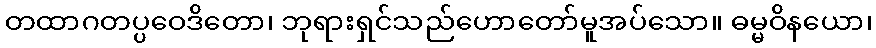
တထာဂတပ္ပဝေဒိတော၊ ဘုရားရှင်သည်ဟောတော်မူအပ်သော။ ဓမ္မဝိနယော၊